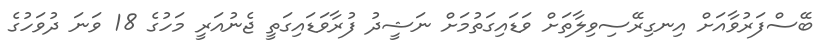
ބޭސްފަރުވާއަށް އިނގިރޭސިވިލާތަށް ވަޑައިގަތުމަށް ނަޝީދު ފުރާވަޑައިގަތީ ޖެނުއަރީ މަހުގެ 18 ވަނަ ދުވަހުގެ